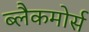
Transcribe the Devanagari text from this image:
ब्लैकमोर्स